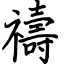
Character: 禱